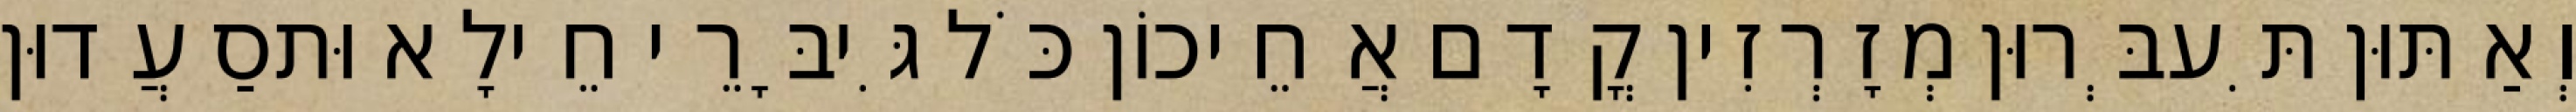
וְאַתּוּן תִּעבְּרוּן מְזָרְזִין קֳדָם אֲחֵיכוֹן כֹּל גִּיבָּרֵי חֵילָא וּתסַעֲדוּן